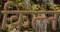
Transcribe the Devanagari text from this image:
क़ित्ल